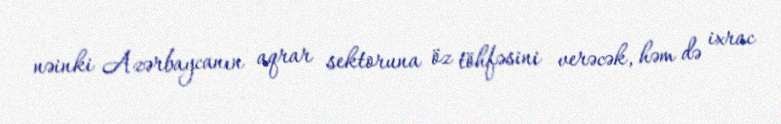
nəinki Azərbaycanın aqrar sektoruna öz töhfəsini verəcək, həm də ixrac